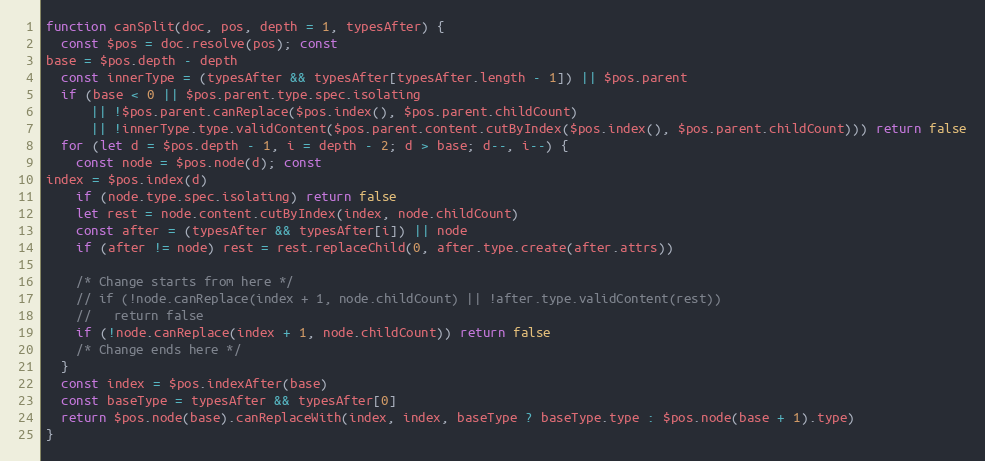
Language: JavaScript
function canSplit(doc, pos, depth = 1, typesAfter) {
  const $pos = doc.resolve(pos); const
base = $pos.depth - depth
  const innerType = (typesAfter && typesAfter[typesAfter.length - 1]) || $pos.parent
  if (base < 0 || $pos.parent.type.spec.isolating
      || !$pos.parent.canReplace($pos.index(), $pos.parent.childCount)
      || !innerType.type.validContent($pos.parent.content.cutByIndex($pos.index(), $pos.parent.childCount))) return false
  for (let d = $pos.depth - 1, i = depth - 2; d > base; d--, i--) {
    const node = $pos.node(d); const
index = $pos.index(d)
    if (node.type.spec.isolating) return false
    let rest = node.content.cutByIndex(index, node.childCount)
    const after = (typesAfter && typesAfter[i]) || node
    if (after != node) rest = rest.replaceChild(0, after.type.create(after.attrs))

    /* Change starts from here */
    // if (!node.canReplace(index + 1, node.childCount) || !after.type.validContent(rest))
    //   return false
    if (!node.canReplace(index + 1, node.childCount)) return false
    /* Change ends here */
  }
  const index = $pos.indexAfter(base)
  const baseType = typesAfter && typesAfter[0]
  return $pos.node(base).canReplaceWith(index, index, baseType ? baseType.type : $pos.node(base + 1).type)
}